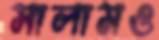
সালামও